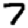
Digit: 7